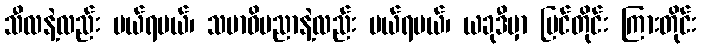
သီလနဲ့လည်း ပယ်ရမယ်၊ သမာဓိပညာနဲ့လည်း ပယ်ရမယ်၊ ယခုဒီမှာ မြင်တိုင်း ကြားတိုင်း